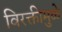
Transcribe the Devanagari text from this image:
विरक्तीमुळे